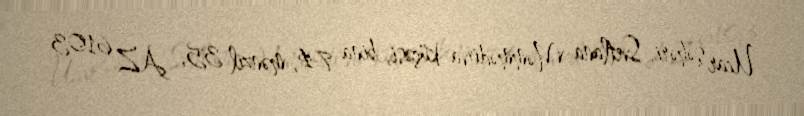
Ucar şəhəri, Svetlana Məmmədova küçəsi, bina 74, mənzil 35, AZ 6103